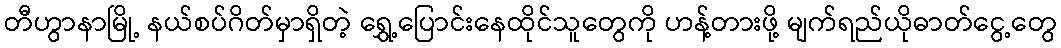
တီဟွာနာမြို့ နယ်စပ်ဂိတ်မှာရှိတဲ့ ရွှေ့ပြောင်းနေထိုင်သူတွေကို ဟန့်တားဖို့ မျက်ရည်ယိုဓာတ်ငွေ့တွေ